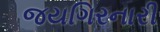
જયગિરનારી